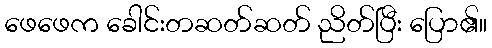
ဖေဖေက ခေါင်းတဆတ်ဆတ် ညိတ်ပြီး ပြော၏။